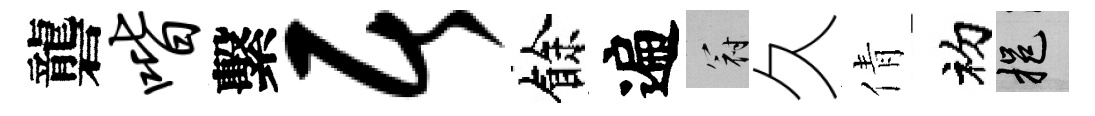
礱喈繫居餘遍冠久倩初挹